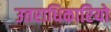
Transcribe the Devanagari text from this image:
उतराधिकारियो